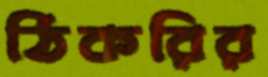
ঠিকরির